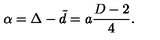
\alpha = \Delta - \tilde { d } = a { \frac { D - 2 } { 4 } } .